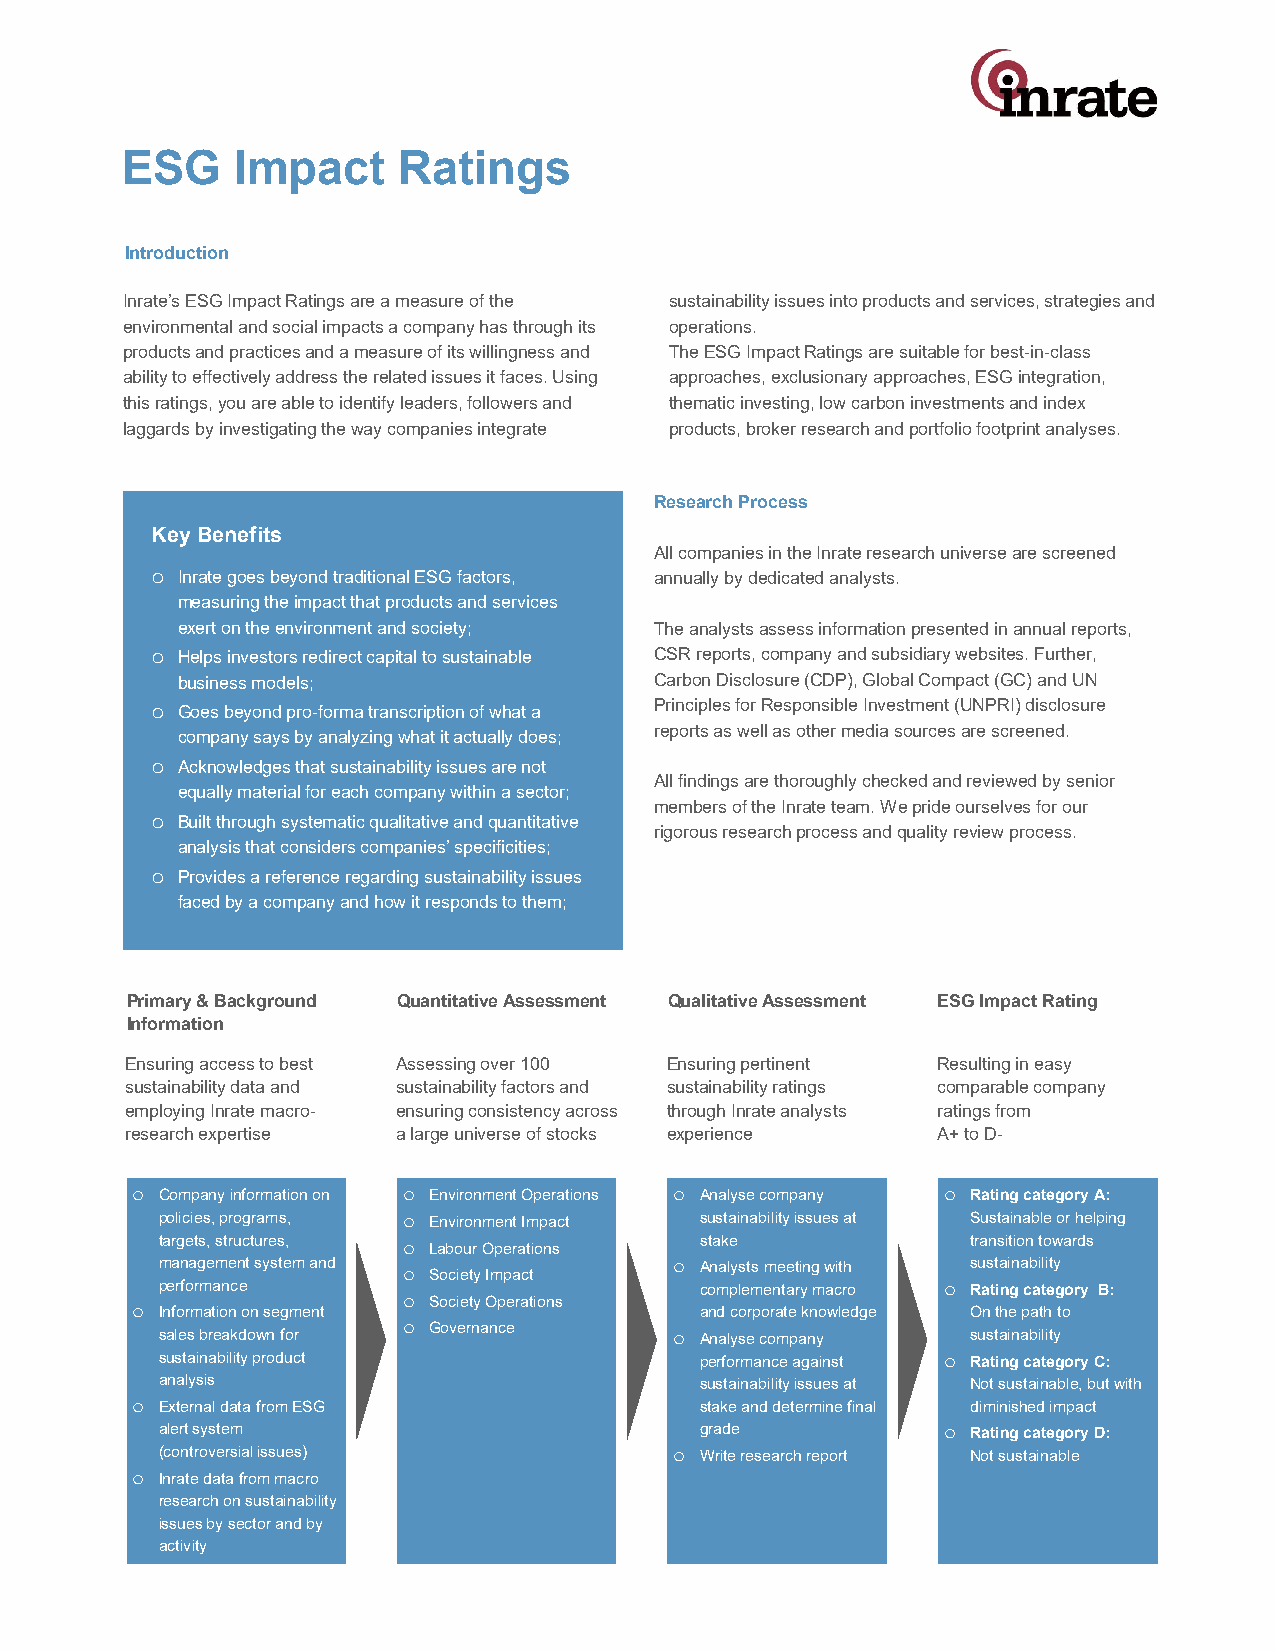
ESG    Impact Ratings
 Introduction
 Inrate’sESG Impact Ratings are a measure of the sustainability issues into products and services, strategies and
 environmental and social impacts a company has through its operations.
 products and practices and a measure of its willingness and The ESG Impact Ratings are suitable for best-in-class
 ability to effectively address the related issues it faces. Using approaches, exclusionary approaches, ESG integration,
 this ratings, you are able to identify leaders, followers and thematic investing, low carbon investments and index
 laggards by investigating the way companies integrate products, broker research and portfolio footprint analyses.
 Research Process
 Key Benefits
 All companies in the Inrateresearch universe are screened
 oInrategoes beyond traditional ESG factors, annually by dedicated analysts.
 measuring the impact that products and services
 exert on the environment and society; The analysts assess information presented in annual reports,
 oHelps investors redirect capital to sustainable CSR reports, company and subsidiary websites. Further,
 business models;               Carbon Disclosure(CDP), Global Compact (GC) and UN
 oGoes beyond pro-forma transcription of what a Principles for Responsible Investment (UNPRI) disclosure
 reports as well as other media sources are screened.
 company says by analyzing what it actually does;
 oAcknowledges that sustainability issues are not
 All findings are thoroughly checked and reviewed by senior
 equally material for each company within a sector;
 members of the Inrateteam. We pride ourselves for our
 oBuilt through systematic qualitative and quantitative
 rigorous research process and quality review process.
 analysis that considers companies’ specificities;
 oProvides a reference regarding sustainability issues
 faced by a company and how it responds to them;
 Primary & Background Quantitative Assessment Qualitative Assessment ESG Impact Rating
 Information
 Ensuringaccesstobest Assessingover100 Ensuringpertinent Resultingin easy
 sustainabilitydataand sustainabilityfactorsand sustainabilityratings comparablecompany
 employingInratemacro- ensuringconsistencyacross throughInrateanalysts ratingsfrom
 research expertise a large universeofstocks experience A+ toD-
 oCompany informationon oEnvironment Operations oAnalysecompany oRating category A:
 policies, programs, oEnvironment Impact sustainability issues at Sustainable or helping
 targets, structures, oLabourOperations stake          transition towards
 managementsystemand oSociety Impact oAnalysts meeting with sustainability
 performance                         complementary macro oRating category B:
 oSociety Operations
 oInformation on segment              and corporate knowledge On the path to
 oGovernance
 sales breakdown for                oAnalysecompany    sustainability
 sustainability product              performance against oRating category C:
 analysis                            sustainability issues at Not sustainable, but with
 oExternal data from ESG              stake and determine final diminished impact
 alert system                        grade           oRating category D:
 (controversial issues)             oWrite research report Not sustainable
 oInratedata from macro
 research on sustainability
 issues by sector and by
 activity